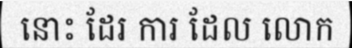
នោះ ដែរ ការ ដែល លោក